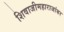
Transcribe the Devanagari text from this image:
शिवाजीमहाराजांबर